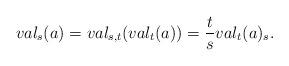
LaTeX: \begin{align*}val_{s}(a)=val_{s,t}(val_{t}(a))=\frac{t}{s}val_{t}(a)_{s}.\end{align*}